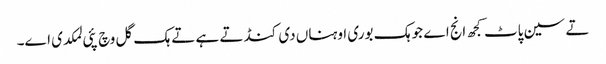
تے سین پاٹ کجھ انج اے جو ہک بوری اوہناں دی کنڈ تے ہے تے ہک گل وچ پئی لمکدی اے۔